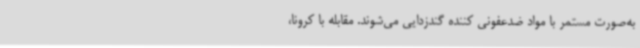
به‌صورت مستمر با مواد ضدعفونی کننده گندزدایی می‌شوند. مقابله با کرونا،